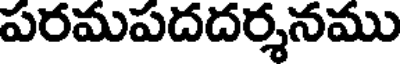
పరమపదదర్శనము